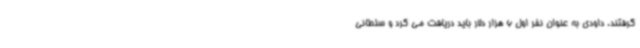
گرفتند. داودی به عنوان نفر اول 6 هزار دلار باید دریافت می کرد و سلطانی